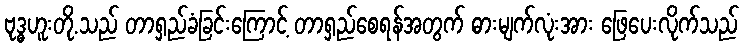
ဗုဒ္ဓဟူးတို.သည် တာရှည်ခံခြင်းကြောင့် တာရှည်စေရန်အတွက် ဓားမျက်လုံးအား ဖြေပေးလိုက်သည်